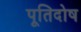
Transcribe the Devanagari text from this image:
पूतिदोष